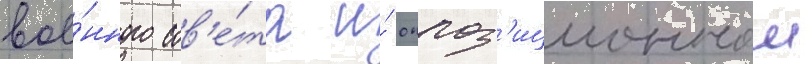
вое́нного сов'е́та и́ оппоз'иционнои